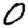
Digit: 0